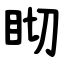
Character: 䀙